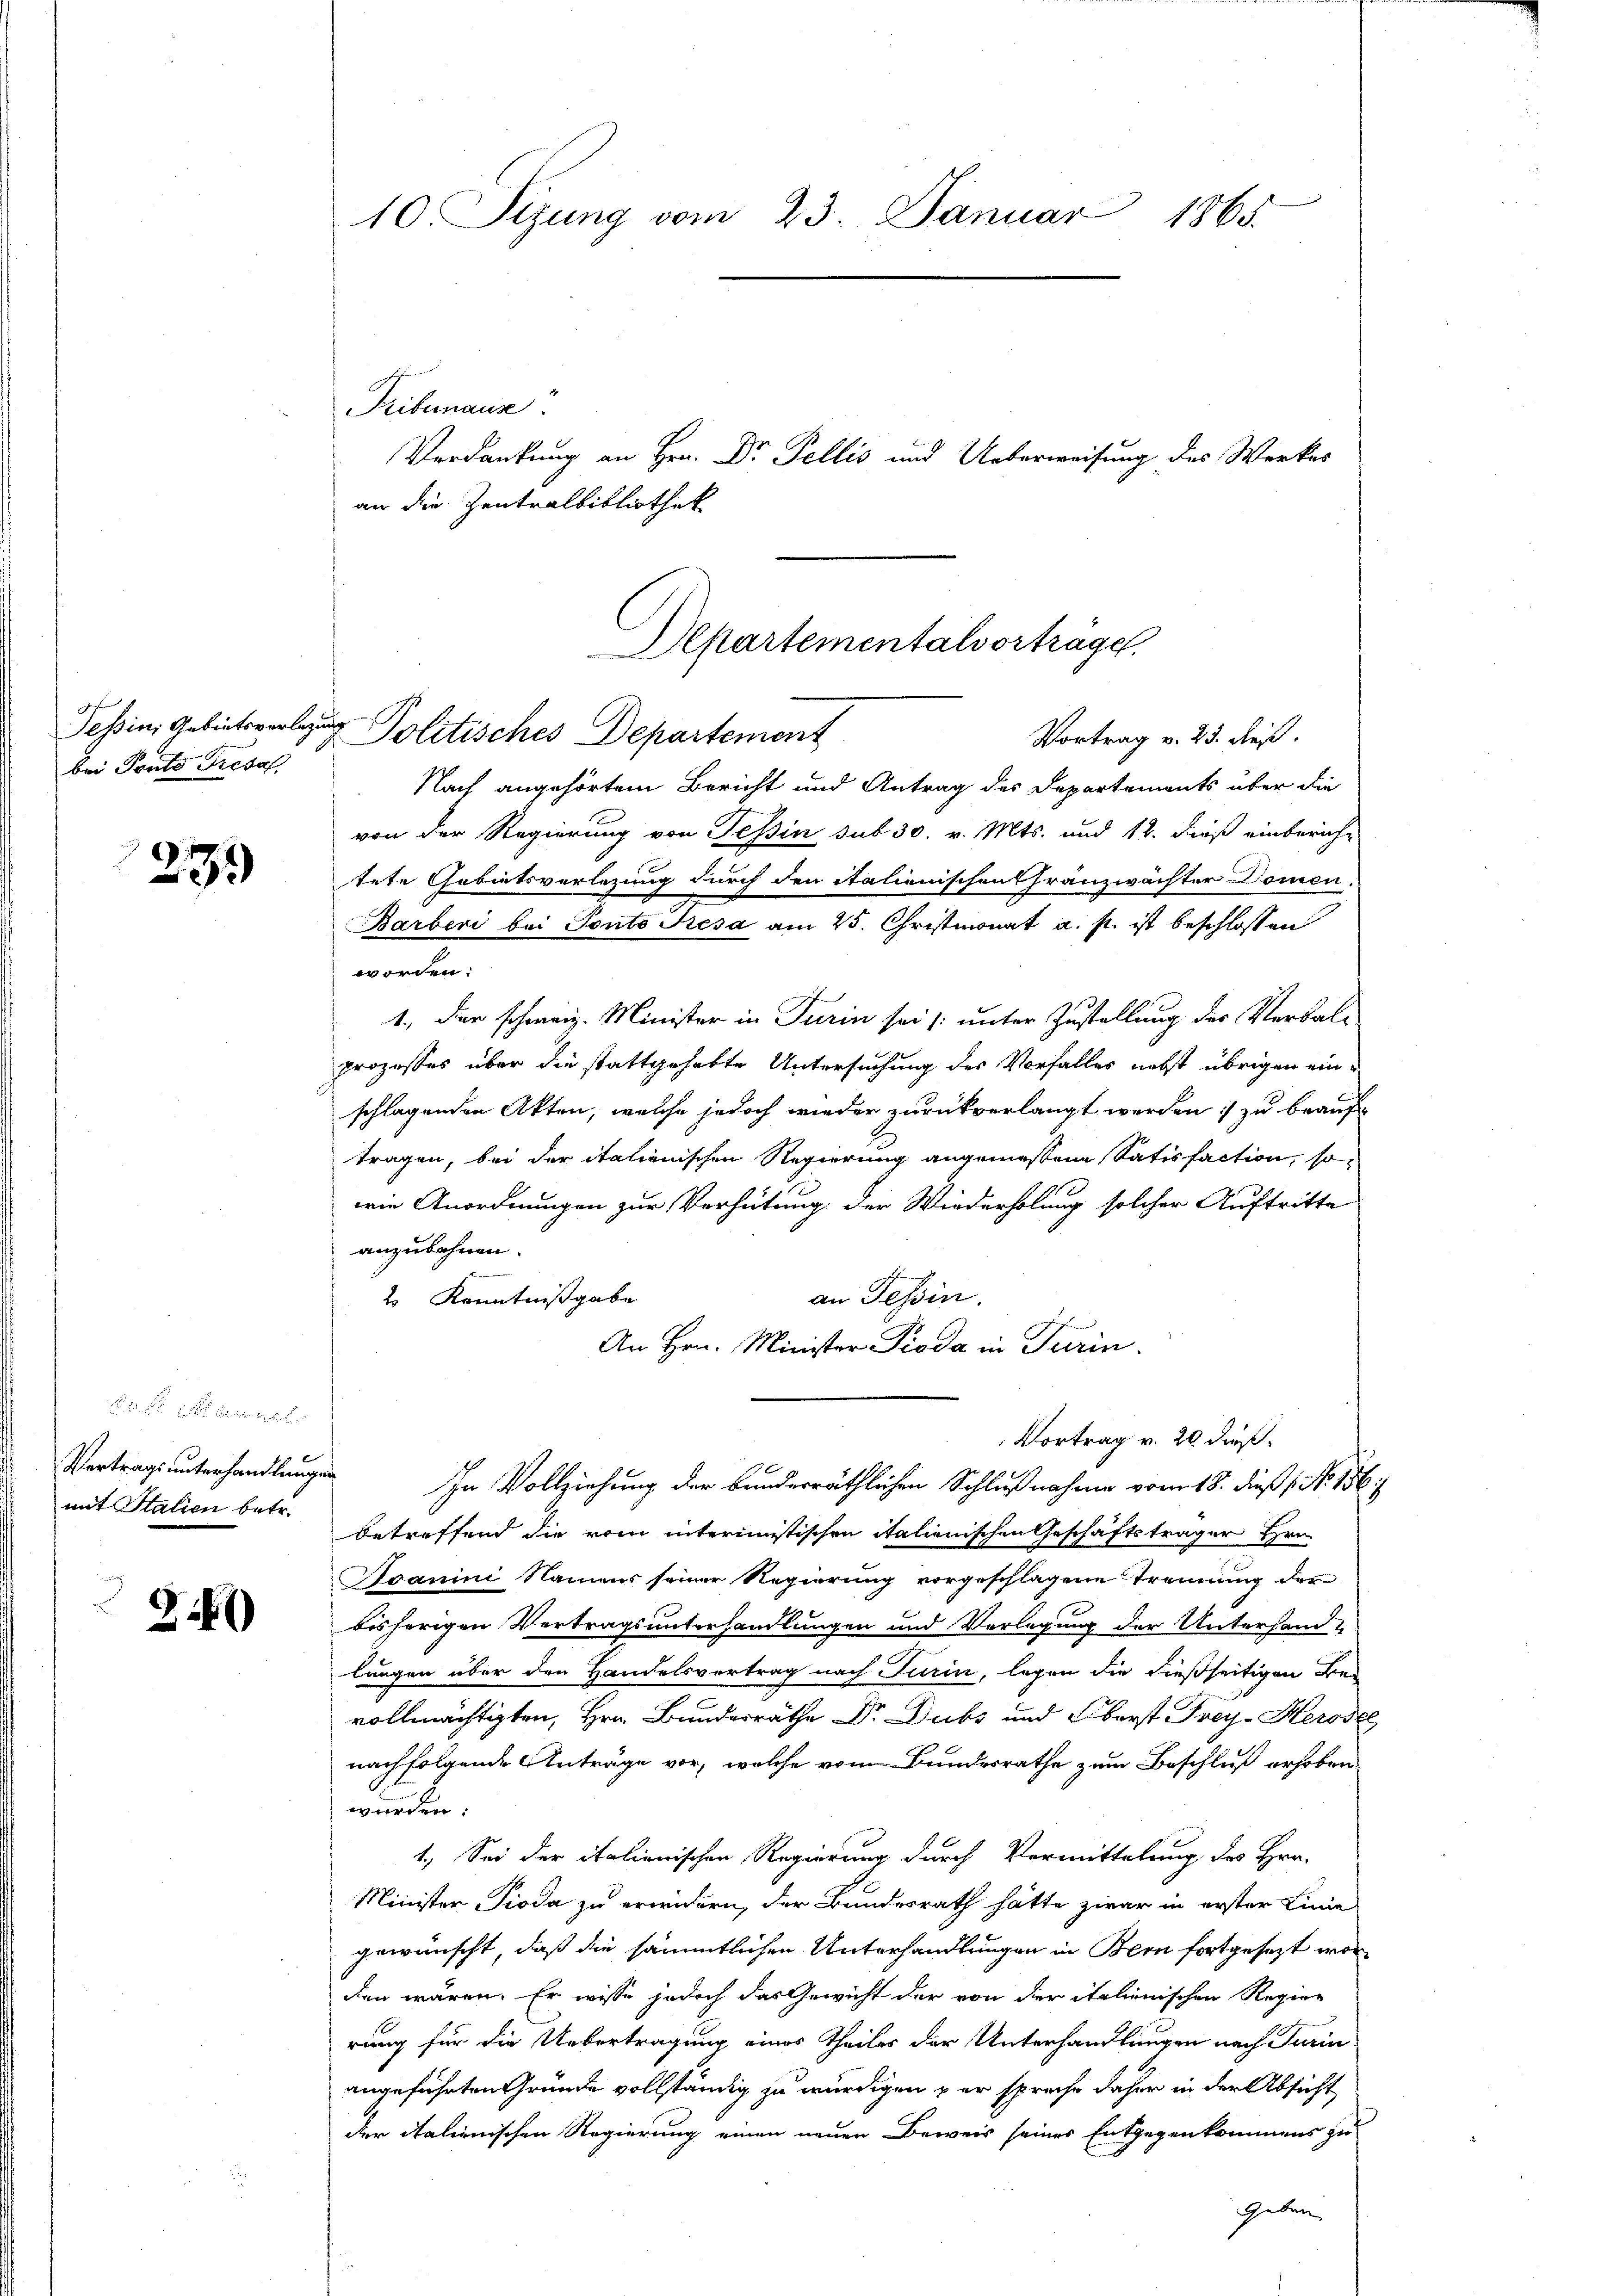
bei Ponto Fresal

235

.  Der B.
Vertrags unterhandlung.
mit Italien betr.

2)

10 Sizung vom 23. Januar 1865.

Tribunaus
an die Zentralbibliothek

Nach angehörtem Bericht und Antrag des Departements über die
von der Regierung von Tessin sub 30. v. Mts. und 12. dieß einberich-
tete Gebietsverlegung durch den Salienischen Franzwächter Domen.
Barberi bei Ponto Kiesa am 25. Christmonat a. s. ist beschlossen
worden:
1., der schweiz. Minister in Turin sei /: unter Zustellung des Verbal-
Prozesses über die stattgehabte Untersuchung des Verfalles nebst übrigen einschlagenden Akten, welche jedoch wieder zurückverlangt werden zu beauftragen, bei der italienischen Regierung angemessene Satisfaction, so
wie Anordnungen zur Verhütung der Wiederholung solcher Auftritte
anzubahnen.
an Tessin.
2 Kenntnißgabe
An Hrn. Minister Pioda in Turin.
Vortrag v. 20 dieß¬
In Vollziehung der beiderräthlichen Schlußnahme vom 18. dieß (No. 156
betreffend die vom interimistischen italienischen Geschäftsträger Hrn.
Soanini Namens seiner Regierung vorgeschlagene Trennung der
bisherigen Vertragsunterhandlungen und Verlegung der Unterhand-
lungen über den Handelsvertrag nach Turin, legen die dießseitigen Bei
vollmächtigten, Hrn. Bundesräthe Dr. Dubs und Oberst Frey-Heroser,
nachfolgende Anträge vor, welche vom Bundesrathe zum Beschluß erhoben
würden:
1.) Sei der italienischen Regierung durch Vermittelung des Hrn.
Minister Pioda zu erwidern, der Bundesrath hätte zwar in erster Linie
gewünscht, daß die sämmtlichen Unterhandlungen in Bern fortgesezt worden wären. Er wisse jedoch das Gewicht der von der italienischen Regier
rung für die Uebertragung eines Theiles der Unterhandlungen nach Turin
angeführten Gründe vollständig zu würdigen zur spreche daher in der Absicht
der italienischen Regierung einen neuen Beweis seines Entgegenkommens zu
Geben

Aepartementalvortrage,
Tessin, Gebietsverber Politisches Departement
Vortrag v. 25. dieß.

Verdankung an Hrn. Dr. Pellis und Ueberweisung des Werkes